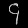
Digit: ၄